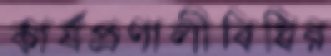
কার্যপ্রণালীবিধির